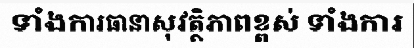
ទាំងការធានាសុវត្ថិភាពខ្ពស់ ទាំងការ